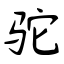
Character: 驼